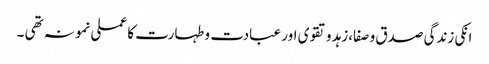
انکی زندگی صدق و صفا،زہد و تقوی اور عبادت و طہارت کا عملی نمونہ تھی ۔